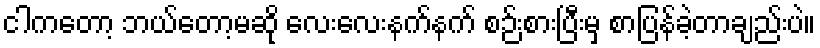
ငါကတော့ ဘယ်တော့မဆို လေးလေးနက်နက် စဉ်းစားပြီးမှ စာပြန်ခဲ့တာချည်းပဲ။